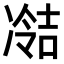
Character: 𫥘